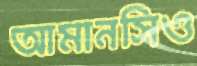
আমানসিও